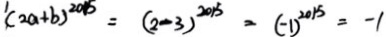
^ { 1 } ( 2 a + b ) ^ { 2 0 1 5 } = ( 2 - 3 ) ^ { 2 0 1 5 } = ( - 1 ) ^ { 2 0 1 5 } = - 1